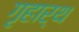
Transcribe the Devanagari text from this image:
गृहार्थ